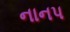
નાનપ